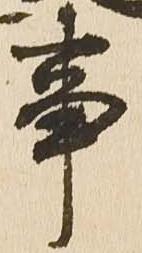
事